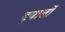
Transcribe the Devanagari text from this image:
इयार्ली